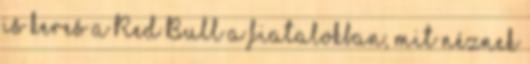
is keres a Red Bull a fiatalokban, mit néznek